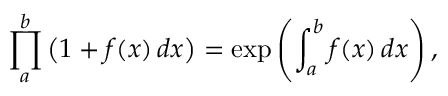
\prod _ { a } ^ { b } { \big ( } 1 + f ( x ) \, d x { \big ) } = \exp \left( \int _ { a } ^ { b } f ( x ) \, d x \right) ,